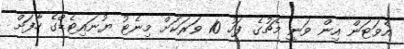
އެވަޓަން އިން ވަނީ މެޗުގެ ފަހު 10 ވަރަކަށް މިނެޓު ޔުނައިޓެޑްގެ ހާފަށް